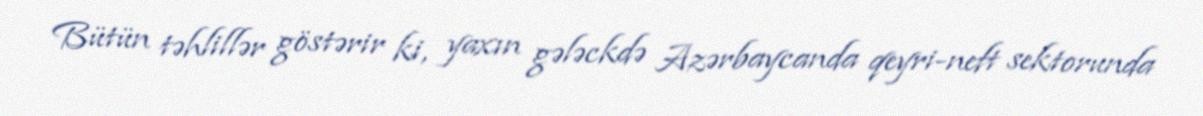
Bütün təhlillər göstərir ki, yaxın gələckdə Azərbaycanda qeyri-neft sektorunda